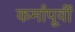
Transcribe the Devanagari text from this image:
कर्मापूर्वी